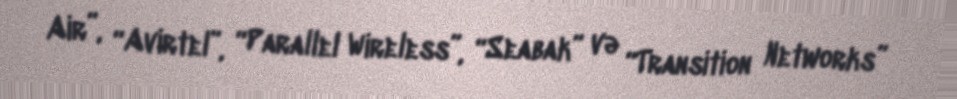
Air”, “Avirtel”, “Parallel Wireless”, “Seabak” və “Transition Networks”